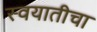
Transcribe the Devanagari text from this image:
स्वयातीचा